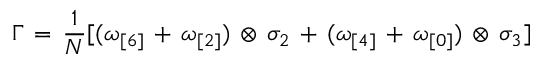
\Gamma \, = \, \frac { 1 } { N } [ ( \omega _ { [ 6 ] } \, + \, \omega _ { [ 2 ] } ) \, \otimes \, \sigma _ { 2 } \, + \, ( \omega _ { [ 4 ] } \, + \, \omega _ { [ 0 ] } ) \, \otimes \, \sigma _ { 3 } ]